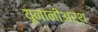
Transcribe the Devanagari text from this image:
यूनानीअर्थ